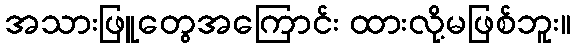
အသားဖြူတွေအကြောင်း ထားလို့မဖြစ်ဘူး။